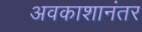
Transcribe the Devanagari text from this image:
अवकाशानंतर